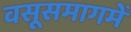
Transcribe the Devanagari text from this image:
वसूसमागमें